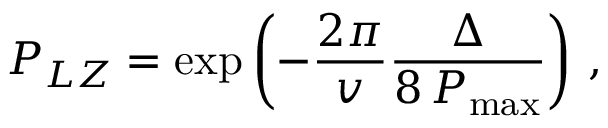
P _ { L Z } = \exp { \left( - \frac { 2 \pi } { v } \frac { \Delta } { 8 \, P _ { \mathrm { m a x } } } \right) } \, \, ,